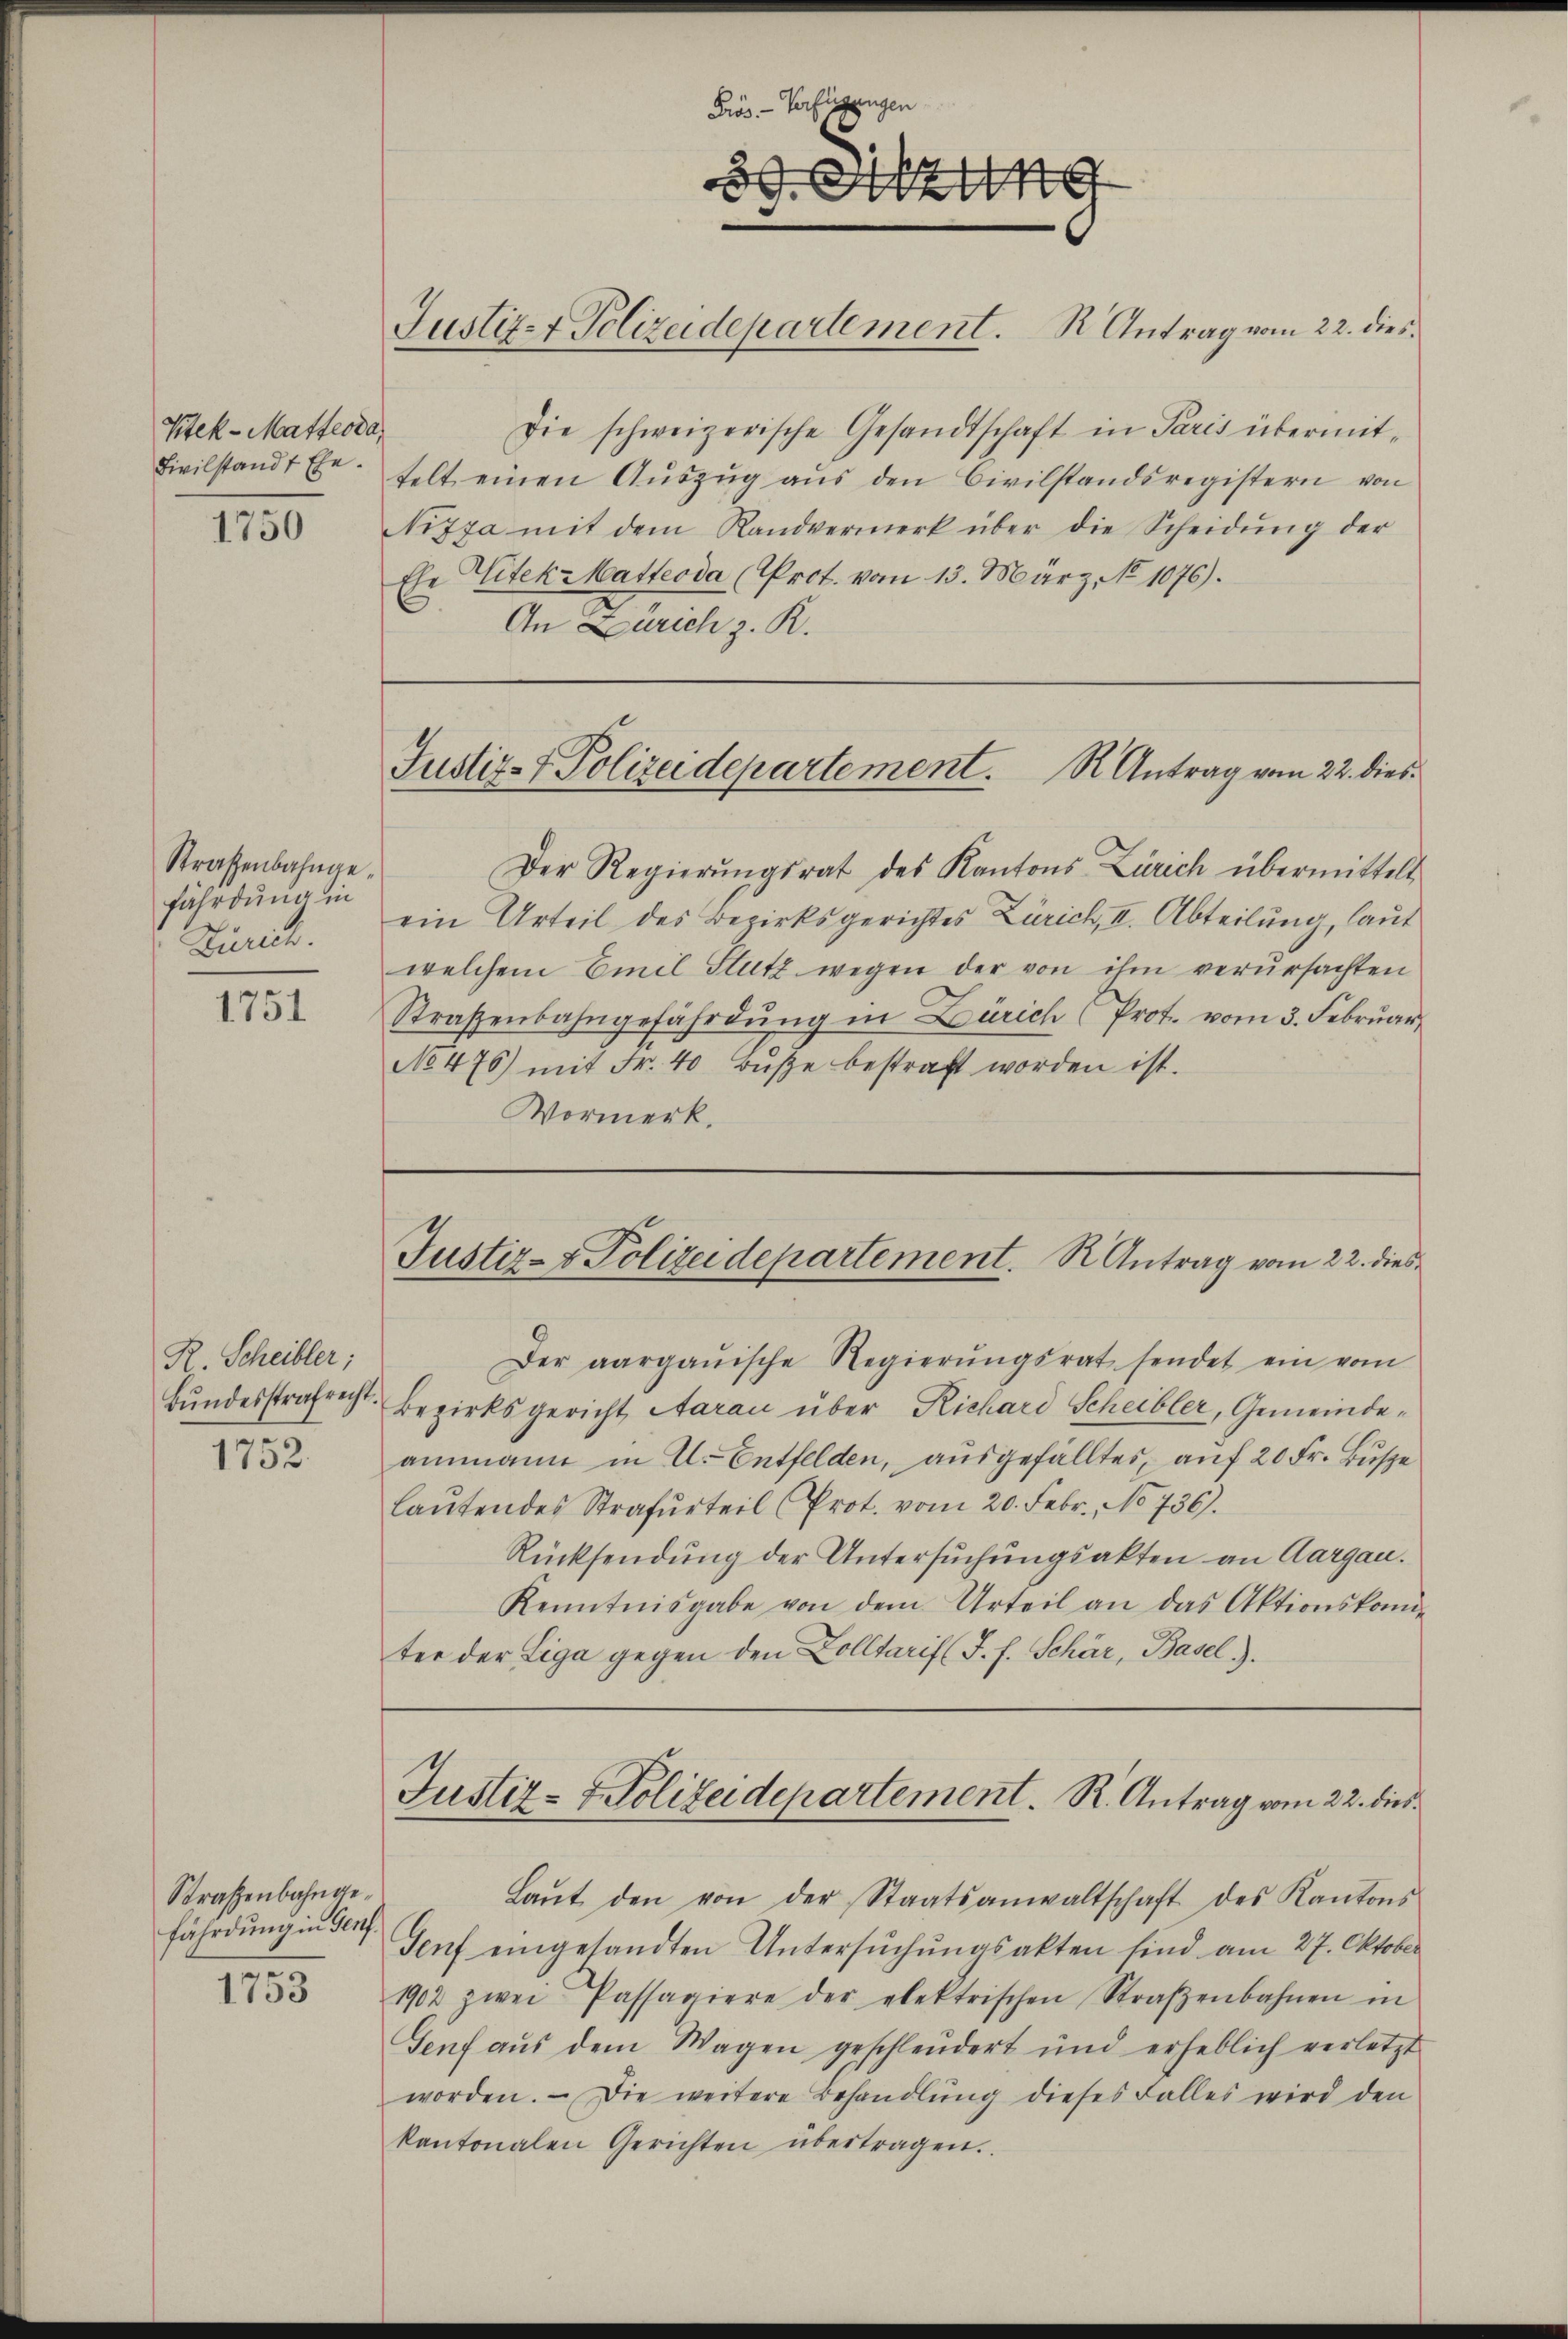
Ktek-Matteoda,

Straßenbahngefährdung in
Zürich.

1751

R. Scheibler;
Bŭndesstrafrecht.

1752.

Straßenbahngefährdung in Genf.
1753

Prös. - Verfügungen
39. Aug

Justiz- & Polizeidepartement. R. Antrag vom 22. dies

Fivilstandt befelt einen Aŭszŭg aŭs den Civilstandsregistern von
3 Nizza mit dem Randvermerk über die Scheidŭng der
Ese Eitek hatteoda (Prot. vom 13. März, No 1076).
An Zürich z. R.

Justiz- & Polizeidepartement. Antrag vom 22. dies

ter der Liga gegen den Zolltarif (J. f. Schär, Basel).

Die schweizerische Gesandtschaft in Paris übermit¬
Justiz- & Polizeidepartement. S. Antrag vom 22. dies
Der Regierŭngsrat des Kantons Zürich übermittelt
ein Urteil des Bezirksgerichtes Zürich, II. Abteilung, laut
welchem Emil Stutz wegen der von ihm verursachten
Straßenbahngefährdŭng in Zürich (Prot. vom 3. Febrŭar
No 476) mit Fr. 40 Bŭβe bestraft worden ist.
Vormerk.

Der aargauische Regierŭngsrat sendet ein vom
Bezirksgericht Aarau über Richard Scheibler, Gemeindeammann in U. Entfelden, ausgefälltes, auf 20 Fr. Buse
laŭtendes Strafurteil (Prot. vom 20. Febr., No 736).
Rücksendung der Untersuchungsakten an Aargau.
Kenntnisgabe von dem Urteil an das Aktionskomi
Justiz- & Polizeidepartement. R. Antrag vom 22. dies
Laŭt den von der Staatsanwaltschaft des Kantons
Genf eingesandten Untersŭchŭngsakten sind am 27. Oktober
1902 zwei Passagiere der elektrischen Straβenbahnen in
Genf aŭs dem Wagen geschleudert und erheblich verletzt
worden. Die weitere Behandlŭng dieses Falles wird den
kantonalen Gerichten übertragen.